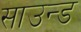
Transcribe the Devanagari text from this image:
साउन्‍ड